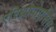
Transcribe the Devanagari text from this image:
एरिथ्रोपोएसिस